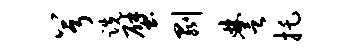
兮跣壁剥楚托